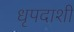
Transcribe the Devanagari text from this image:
धृपदाशी